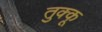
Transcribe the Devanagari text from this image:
तुक्कू